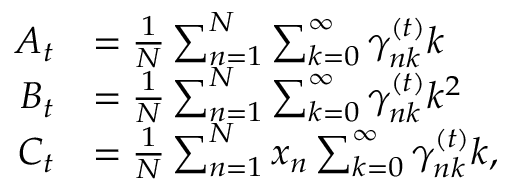
\begin{array} { r l } { A _ { t } } & { = \frac { 1 } { N } \sum _ { n = 1 } ^ { N } \sum _ { k = 0 } ^ { \infty } \gamma _ { n k } ^ { ( t ) } k } \\ { B _ { t } } & { = \frac { 1 } { N } \sum _ { n = 1 } ^ { N } \sum _ { k = 0 } ^ { \infty } \gamma _ { n k } ^ { ( t ) } k ^ { 2 } } \\ { C _ { t } } & { = \frac { 1 } { N } \sum _ { n = 1 } ^ { N } x _ { n } \sum _ { k = 0 } ^ { \infty } \gamma _ { n k } ^ { ( t ) } k , } \end{array}